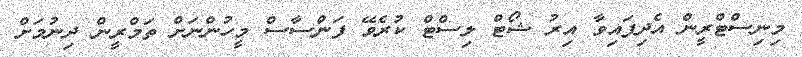
މިނިސްޓްރީން އެދިފައިވާ އިރު ޝޯޓް ލިސްޓް ކުރެވޭ ފަންސާސް މީހުންނަށް ތަމްރީން ދިނުމަށް